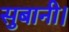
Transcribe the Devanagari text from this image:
सुबानी।